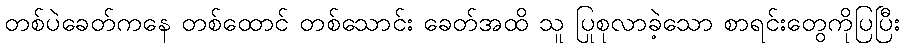
တစ်ပဲခေတ်ကနေ တစ်ထောင် တစ်သောင်း ခေတ်အထိ သူ ပြုစုလာခဲ့သော စာရင်းတွေကိုပြပြီး